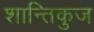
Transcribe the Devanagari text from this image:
शान्तिकुज